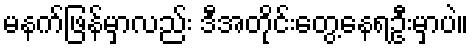
မနက်ဖြန်မှာလည်း ဒီအတိုင်းတွေ့နေရဦးမှာပဲ။